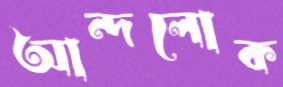
আন্দলোক